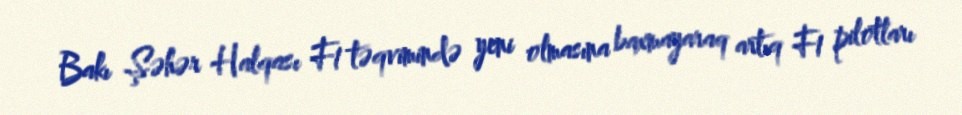
Bakı Şəhər Halqası F1 təqvimində yeni olmasına baxmayaraq artıq F1 pilotları